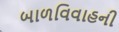
બાળવિવાહની